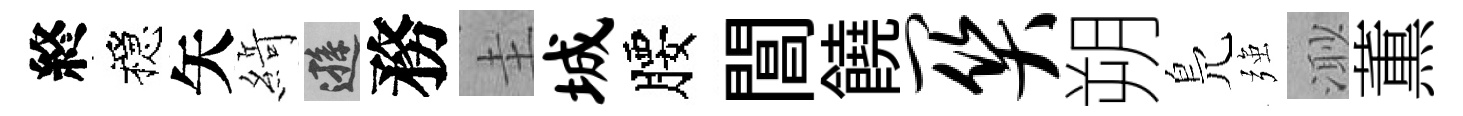
終穩矢𦂶遜務圭城腰閶饒关朔鳬强𣺌薫